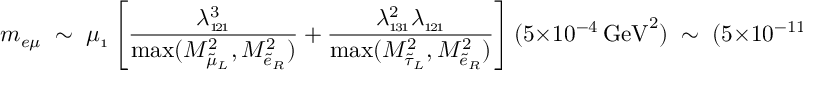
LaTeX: m _ { e \mu } \; \sim \; \mu _ { \scriptscriptstyle 1 } \left[ \frac { \lambda _ { \scriptscriptstyle 1 \! 2 \! 1 } ^ { 3 } } { \mathrm { m a x } ( M _ { \tilde { \mu } _ { L } } ^ { 2 } , M _ { \tilde { e } _ { R } } ^ { 2 } ) } + \frac { \lambda _ { \scriptscriptstyle 1 \! 3 \! 1 } ^ { 2 } \lambda _ { \scriptscriptstyle 1 \! 2 \! 1 } } { \mathrm { m a x } ( M _ { \tilde { \tau } _ { L } } ^ { 2 } , M _ { \tilde { e } _ { R } } ^ { 2 } ) } \right] ( 5 \times 1 0 ^ { - 4 } \, \mathrm { G e V } ^ { 2 } ) \; \sim \; ( 5 \times 1 0 ^ { - 1 1 } \, \mathrm { G e V } ) \; .